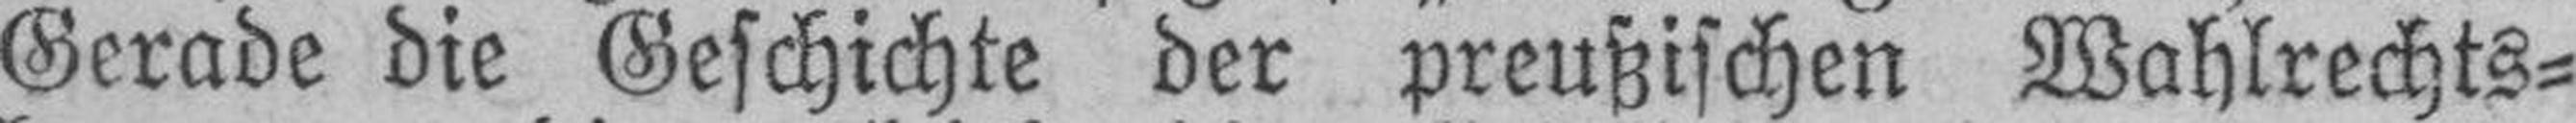
Gerade die Geschichte der preußischen Wahlrechts¬